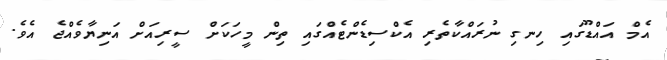
އެމް އައްޑޫގައި ހިނގި ނުރައްކާތެރި އެކްސިޑެންޓެއްގައި ތިން މީހަކަށް ސީރިއަށް އަނިޔާވެއްޖެ އެވެ.